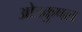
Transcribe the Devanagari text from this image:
ओडकुषल